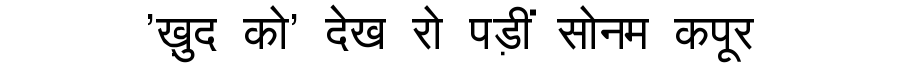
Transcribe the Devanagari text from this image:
'ख़ुद को' देख रो पड़ीं सोनम कपूर